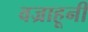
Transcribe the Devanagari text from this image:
वज्राहूनी